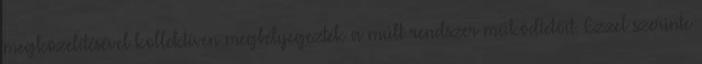
megközelítésével kollektíven megbélyegezték a múlt rendszer működtetőit. Ezzel szerinte